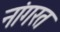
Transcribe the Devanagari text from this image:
नांगरत